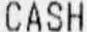
CASH